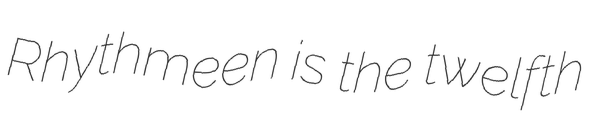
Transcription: Rhythmeen is the twelfth